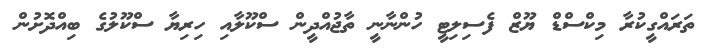
ތަރައްގީކުރާ މިކްސްޑް ޔޫޒް ފެސިލިޓީ ހުންނާނީ ތާޖުއްދީން ސްކޫލާއި ހިރިޔާ ސްކޫލުގެ ބިއްދޮށުން